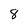
Character: 8